Insane asylums in Bengal annual reports 1867-1875 - 1867-1875
Year: 1867
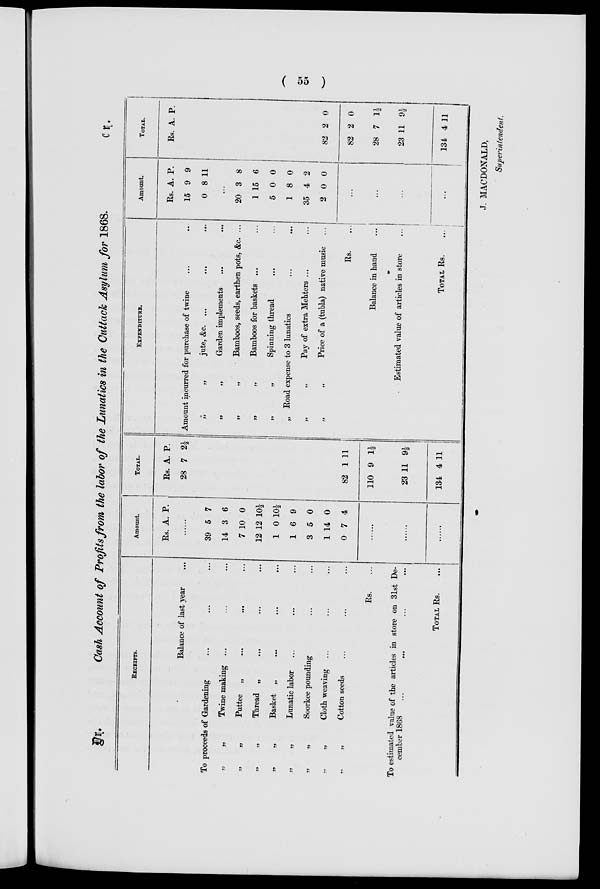
( 55 )
Dr.
Cash Account of Profits from the labor of the Lunatics in the Cuttack Asylum for 1868.
Cr.
RECEIPTS.
Balance of last year
...
To proceeds of Gardening ... ... ...
„
„
Twine making ... ... ...
„
„
Puttee
„
...
...
...
„
„
Thread „
...
...
...
„
„
Basket „
...
...
...
„
„
Lunatic labor ... ... ...
„
„
Soorkee pounding ... ... ...
„
„
Cloth weaving ... ... ...
„
„
Cotton seeds ... ... ...
Rs. ...
To estimated value of the articles in store on 31st De-
cember 1868 ... ... ... ...
TOTAL Rs. ...
Amount.
Rs. A. P.
......
39
14
7
12
1
1
3
5
3
10
12
0
6
5
7
6
0
10½
10½
9
0
1
0
14
7
0
4
......
......
......
TOTAL.
Rs.
28
A.
7
P.
2½
82
110
23
134
1
9
11
4
11
1½
9½
11
EXPENDITURE.
Amount incurred for purchase of twine ... ...
„
„
jute, &c. ... ... ...
„
„
Garden implements
...
...
„
„
Bamboos, seeds, earthen pots, &c. ...
„
„
Bamboos for baskets ... ...
„
„
Spinning thread ... ...
„ Road expense to 3 lunatics ... ...
„
„
Pay of extra Mehters ... ...
„
„
Price of a (tubla) native music ...
Rs. ...
Balance in hand ...
Estimated value of articles in store ...
TOTAL Rs.
...
Amount.
Rs.
15
0
A.
9
8
P.
9
11
......
20
1
5
1
35
3
15
0
8
4
8
6
0
0
2
2 0 0
...
...
...
...
TOTAL.
Rs. A. P.
82 2 0
82
28
23
134
2
7
11
4
0
1½
9½
11
J. MACDONALD,
Superintendent.